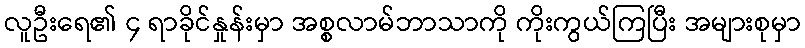
လူဦးရေ၏ ၄ ရာခိုင်နှုန်းမှာ အစ္စလာမ်ဘာသာကို ကိုးကွယ်ကြပြီး အများစုမှာ